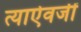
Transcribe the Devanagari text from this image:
त्याऐवजीं